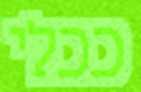
ככלי